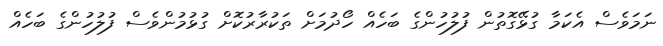
ނަމަވެސް އެކަމާ ގުޅޭގޮތުން ފުލުހުންގެ ބަހެއް ހޯދުމަށް ތަކުރާރުކޮށް ގުޅުމުންވެސް ފުލުހުންގެ ބަހެއް